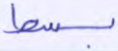
بسط